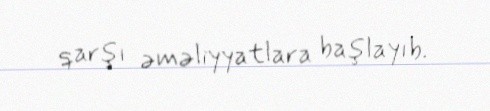
qarşı əməliyyatlara başlayıb.